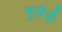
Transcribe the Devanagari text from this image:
भुलैनी